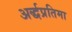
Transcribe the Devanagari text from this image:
अर्द्धप्रतिमा